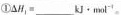
①$$△ H _ { 1 } = ___ k J \cdot m o l ^ { - 1 }$$。